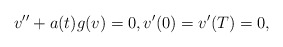
\begin{align*}v'' + a(t) g(v) = 0, v'(0) = v'(T) = 0,\end{align*}